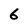
Character: 6